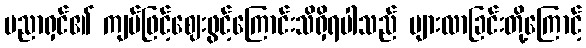
ပညာရှင်၏ ကျပ်ဖြင့်ဈေးဖွင့်ကြောင်းသိရှိရပါသည် များလာခြင်းတို့ကြောင့်